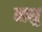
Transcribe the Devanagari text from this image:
वाशु